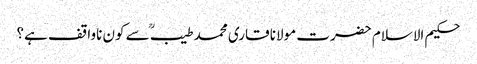
حکیم الاسلام حضرت مولانا قاری محمد طیبؒ سے کون ناواقف ہے؟